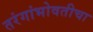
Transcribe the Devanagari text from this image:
तरंगांभोवतीचा